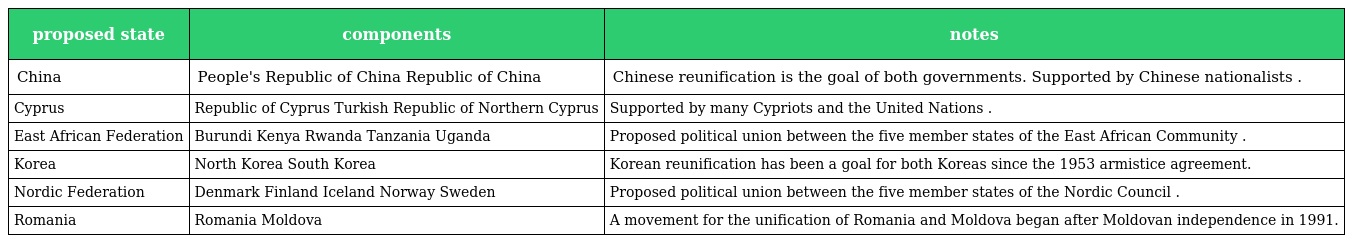
| proposed state | components | notes |
 | --- | --- | --- |
 | China | People's Republic of China Republic of China | Chinese reunification is the goal of both governments. Supported by Chinese nationalists . |
 | Cyprus | Republic of Cyprus Turkish Republic of Northern Cyprus | Supported by many Cypriots and the United Nations . |
 | East African Federation | Burundi Kenya Rwanda Tanzania Uganda | Proposed political union between the five member states of the East African Community . |
 | Korea | North Korea South Korea | Korean reunification has been a goal for both Koreas since the 1953 armistice agreement. |
 | Nordic Federation | Denmark Finland Iceland Norway Sweden | Proposed political union between the five member states of the Nordic Council . |
 | Romania | Romania Moldova | A movement for the unification of Romania and Moldova began after Moldovan independence in 1991. |